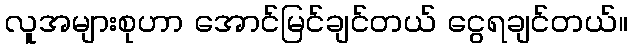
လူအများစုဟာ အောင်မြင်ချင်တယ် ငွေရချင်တယ်။